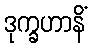
ဒုက္ခဟာနိံ